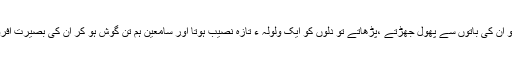
وہ جب بولتے تو ان کی باتوں سے پھول جھڑتے ،پڑھاتے تو دلوں کو ایک ولولہ ء تازہ نصیب ہوتا اور سامعین ہم تن گوش ہو کر ان کی بصیرت افروز باتیں سنتے۔